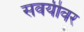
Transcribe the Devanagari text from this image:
सवयीवर